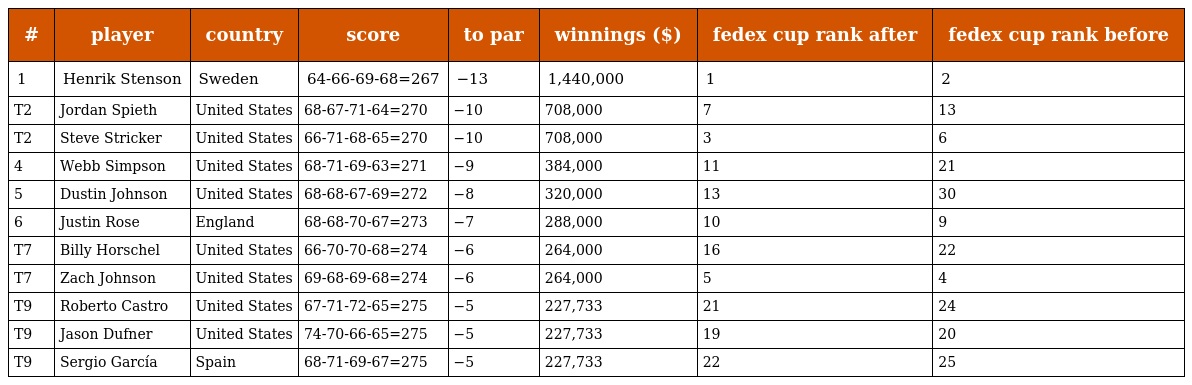
| # | player | country | score | to par | winnings ($) | fedex cup rank after | fedex cup rank before |
 | --- | --- | --- | --- | --- | --- | --- | --- |
 | 1 | Henrik Stenson | Sweden | 64-66-69-68=267 | −13 | 1,440,000 | 1 | 2 |
 | T2 | Jordan Spieth | United States | 68-67-71-64=270 | −10 | 708,000 | 7 | 13 |
 | T2 | Steve Stricker | United States | 66-71-68-65=270 | −10 | 708,000 | 3 | 6 |
 | 4 | Webb Simpson | United States | 68-71-69-63=271 | −9 | 384,000 | 11 | 21 |
 | 5 | Dustin Johnson | United States | 68-68-67-69=272 | −8 | 320,000 | 13 | 30 |
 | 6 | Justin Rose | England | 68-68-70-67=273 | −7 | 288,000 | 10 | 9 |
 | T7 | Billy Horschel | United States | 66-70-70-68=274 | −6 | 264,000 | 16 | 22 |
 | T7 | Zach Johnson | United States | 69-68-69-68=274 | −6 | 264,000 | 5 | 4 |
 | T9 | Roberto Castro | United States | 67-71-72-65=275 | −5 | 227,733 | 21 | 24 |
 | T9 | Jason Dufner | United States | 74-70-66-65=275 | −5 | 227,733 | 19 | 20 |
 | T9 | Sergio García | Spain | 68-71-69-67=275 | −5 | 227,733 | 22 | 25 |